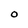
Character: O